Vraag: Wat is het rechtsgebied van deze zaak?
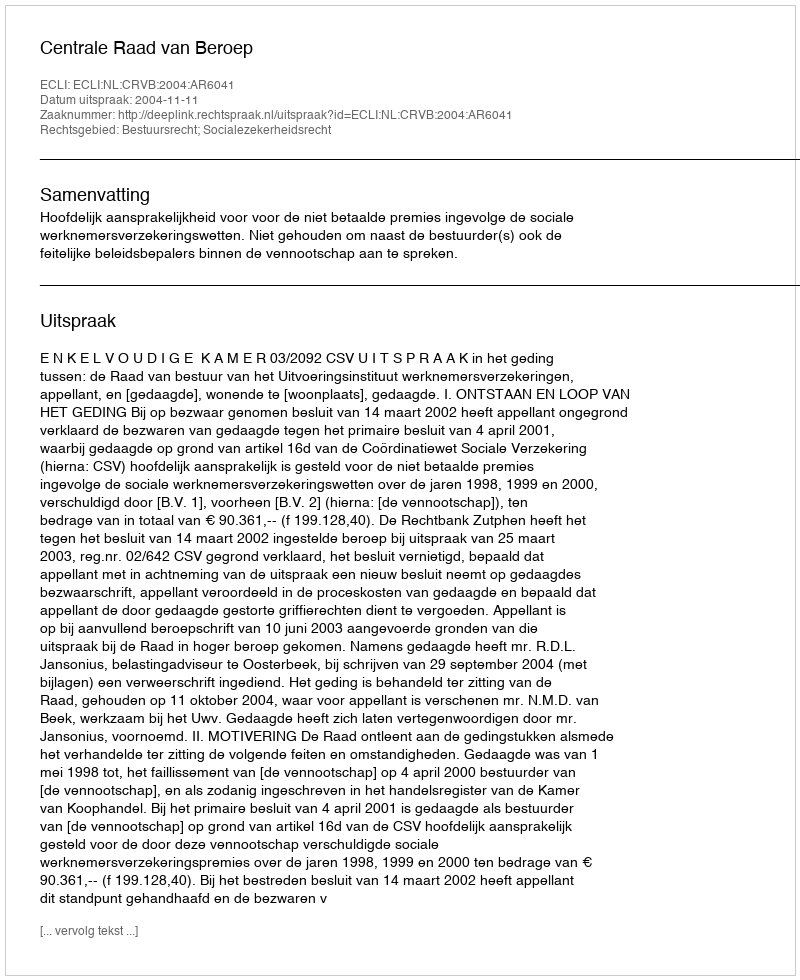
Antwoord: Bestuursrecht; Socialezekerheidsrecht